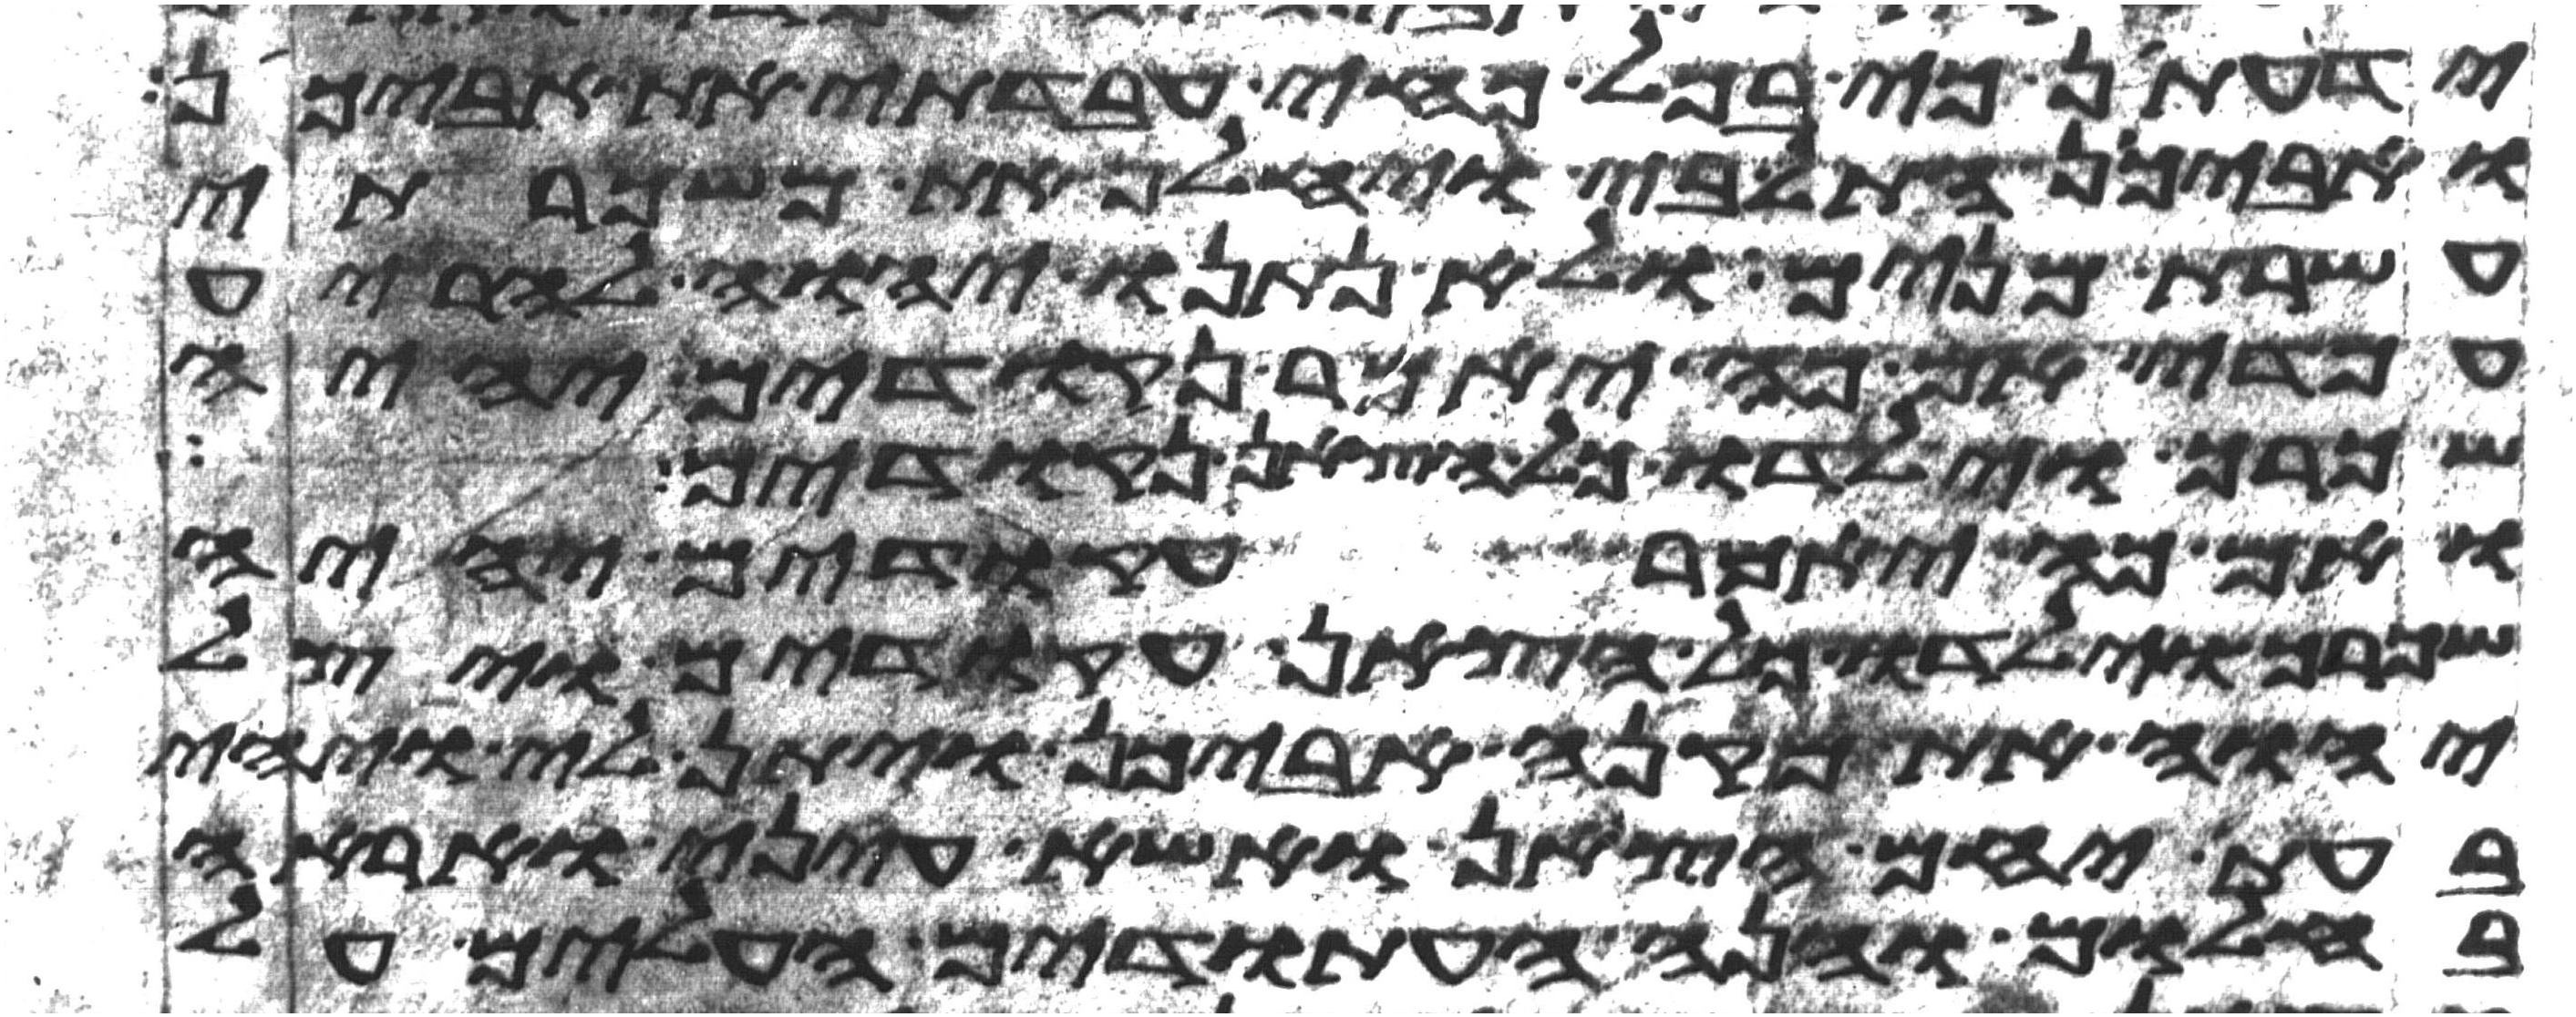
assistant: ידעתן כי בכל כחי עבדתי את אביכן
ואביכן התל בי ויחלף את משכרתי
עשרת מנים ולא נתנו יהוה להריע
עמדי אם כה יאמר נקודים יהיה
שכרך וילדו כל הצאן נקודים
ואם כה יאמר עקודים יהיה
שכרך וילדו כל הצאן עקודים ויצל
יהוה את מקנה אביכן ויתן לי ויהי
בעת יחם הצאן ואשא עיני ואראה
בחלום והנה העתודים העלים על